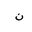
Letter: _non